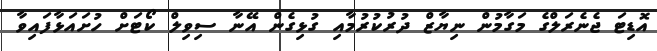
އޮޑިޓަ ޖެނެރަލްގެ މަގާމުން ނިޔާޒް ދުރުކުރުމާއި ގުޅިގެން އޭނާ ސިވިލް ކޯޓަށް ހުށައަޅާފައިވާ